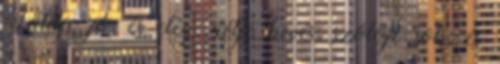
Földje jó, és elég; rétje kevés; szőlője sok; és